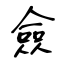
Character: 僉